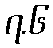
၇.၆